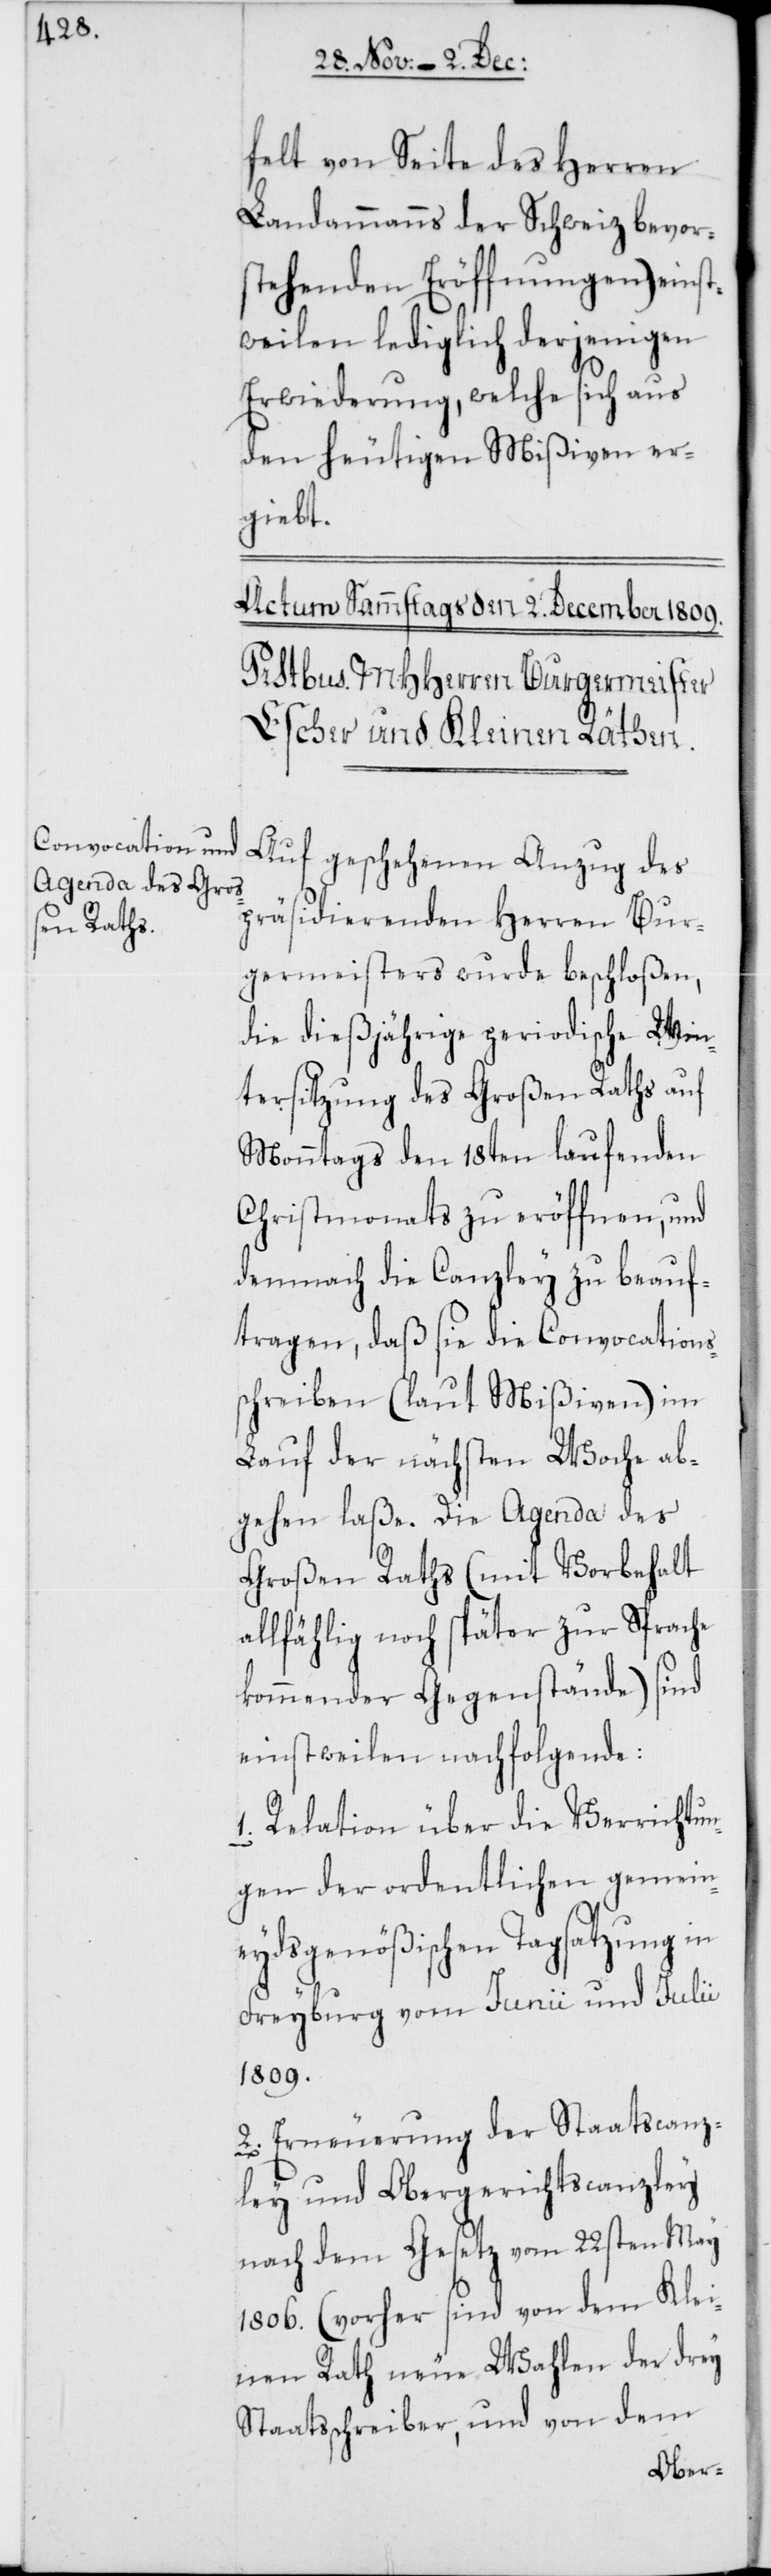
felt von Seite des Herren
Landammanns der Schweiz bevor¬
stehenden Eröffnungen) einst¬
weilen lediglich derjenigen
Erwiederung, welche sich aus
den heutigen Mißiven er¬
giebt.
Auf geschehenen Anzug des
präsidierenden Herren Bur¬
germeisters wurde beschloßen,
die dießjährige periodische Win¬
tersitzung des Großen Raths auf
Monntags den 18ten laufenden
Christmonats zu eröffnen, und
demnach die Canzley zu beauf¬
tragen, daß sie die Convocations¬
schreiben (laut Mißiven) im
Lauf der nächsten Woche ab¬
gehen laße. Die Agenda des
Großen Raths (mit Vorbehalt
allfählig noch später zur Sprache
kommender Gegenstände) sind
einstweilen nachfolgende:
1. Relation über die Verrichtun¬
gen der ordentlichen gemein¬
eydsgenößischen Tagsatzung in
Freyburg vom Junii und Julii
1809.
2. Erneuerung der Staatscanz¬
ley und Obergerichtscanzley
nach dem Gesetz vom 22sten May
1806. (vorher sind von dem Klei¬
nen Rath neue Wahlen der drey
Staatsschreiber, und von dem